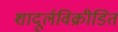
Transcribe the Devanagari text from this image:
शादूर्लविक्रीडित